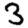
Digit: 3